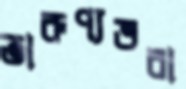
তারুণ্যভরা